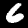
Digit: 6